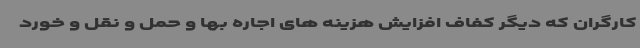
کارگران که دیگر کفاف افزایش هزینه های اجاره بها و حمل و نقل و خورد